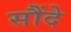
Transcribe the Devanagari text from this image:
सौंदे